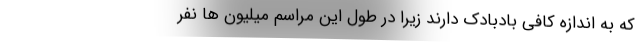
که به اندازه کافی بادبادک دارند زیرا در طول این مراسم میلیون ها نفر